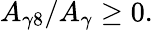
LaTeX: A_{\gamma 8}/A_{\gamma}\geq 0.